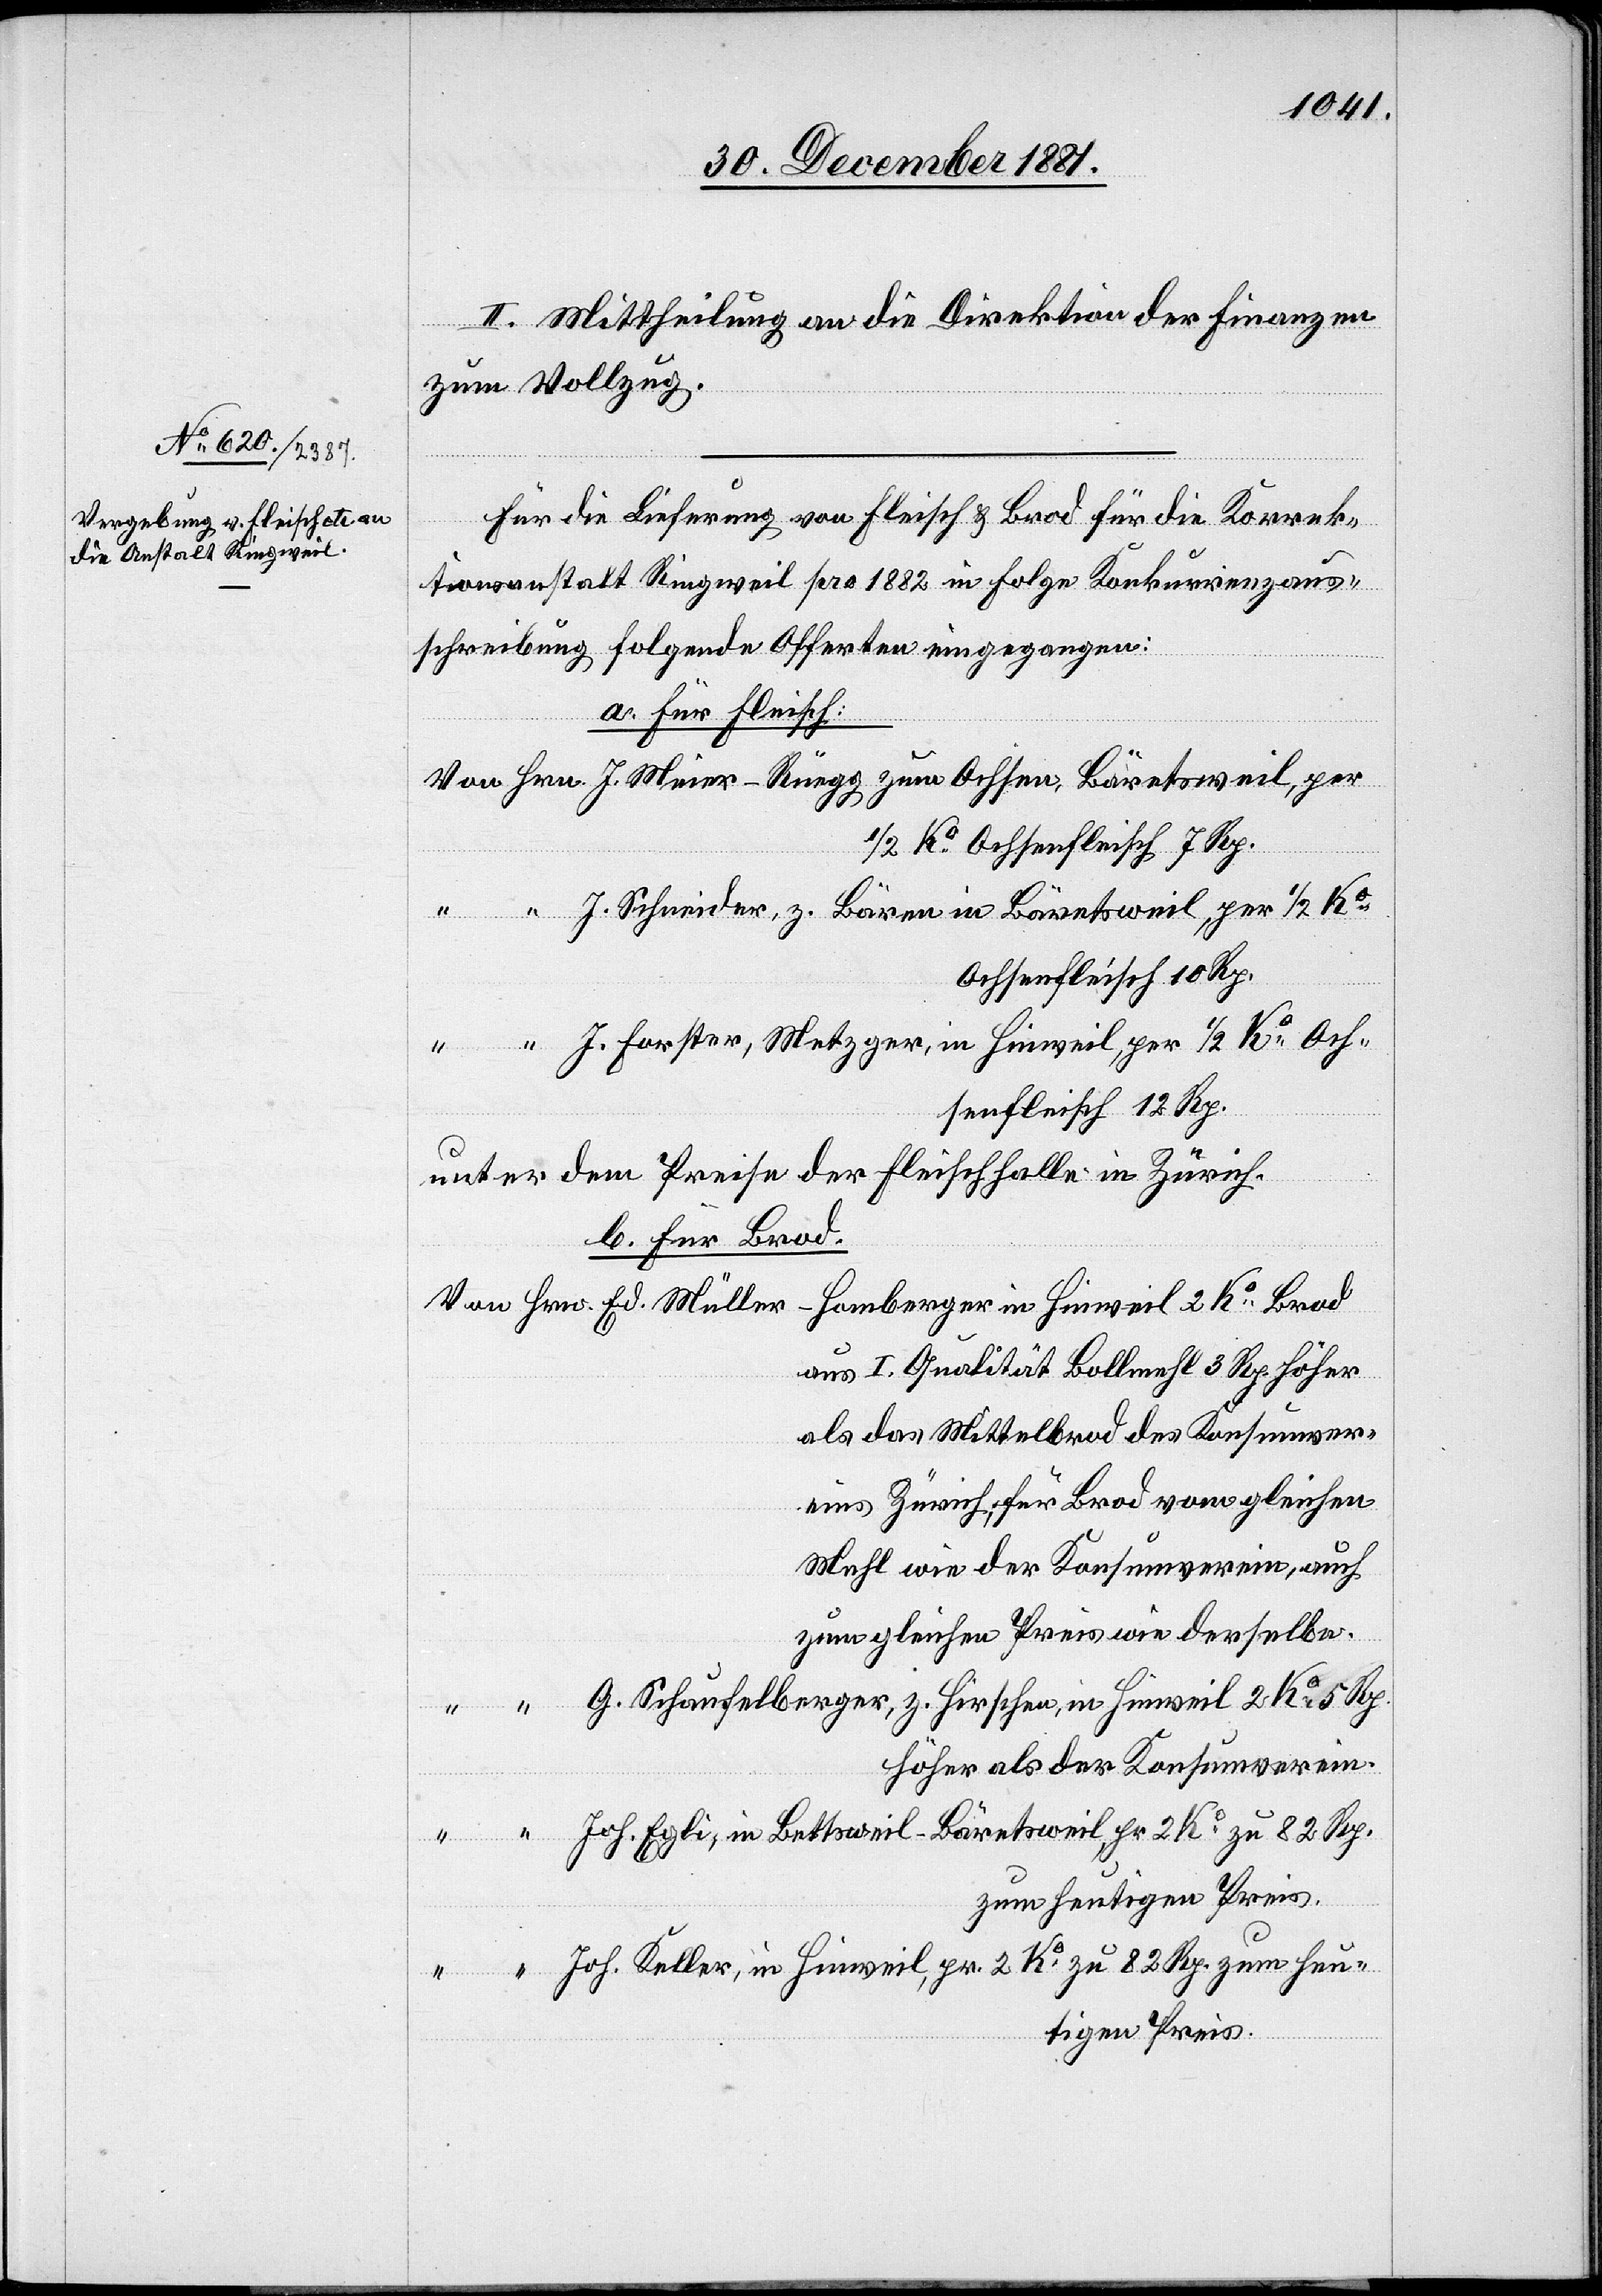
II. Mittheilung an die Direktion der Finanzen
zum Vollzug.
Für die Lieferung von Fleisch & Brod für die Korrek¬
tionsanstalt Ringweil pro 1882 [sind] in Folge Konkurrenzaus¬
schreibung folgende Offerten eingegangen:
a. für Fleisch:
1/2 Ko Ochsenfleisch 7 Rp.
J. Schneider, z. Bären in Bäretsweil, per 1/2 Ko
Ochsenfleisch 10 Rp.
J. Forster, Metzger, in Hinweil, per 1/2 Ko Och¬
senfleisch 12 Rp.
unter dem Preise der Fleischhalle in Zürich.
b. für Brod.
Ed. Müller-Homberger in Hinweil 2 Ko Brod
aus I. Qualität Bollmehl 3 Rp. höher
als das Mittelbrod des Konsumver¬
eins Zürich, für Brod vom gleichen
Mehl wie der Konsumverein, auch
zum gleichen Preis wie derselbe.
G. Schaufelberger, z. Hirschen, in Hinweil 2 Ko 5 Rp.
höher als der Konsumverein.
Joh. Egli, in Bettsweil - Bäretsweil, pr 2 Ko zu 82 Rp.
zum heutigen Preis.
Joh. Keller, in Hinweil, pr. 2 Ko zu 82 Rp. zum heu¬
tigen Preis.